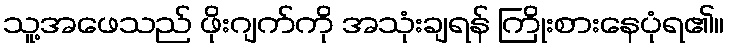
သူ့အဖေသည် ဖိုးဂျက်ကို အသုံးချရန် ကြိုးစားနေပုံရ၏။